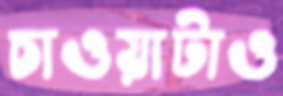
চাওয়াটাও